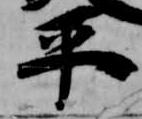
平